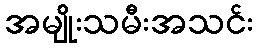
အမျိုးသမီးအသင်း